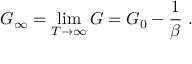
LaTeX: G _ { \infty } = \operatorname* { l i m } _ { T \to \infty } G = G _ { 0 } - { \frac { 1 } { \beta } } \ .